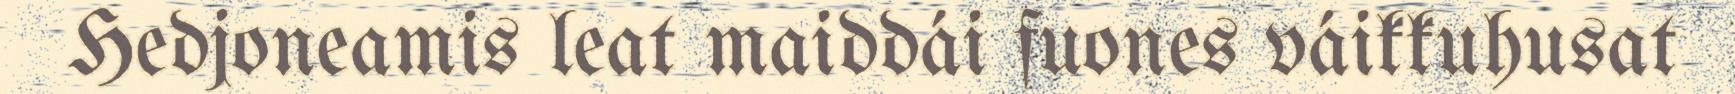
Hedjoneamis leat maiddái fuones váikkuhusat